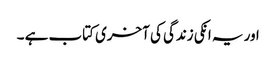
اور یہ انکی زندگی کی آخری کتاب ہے ۔